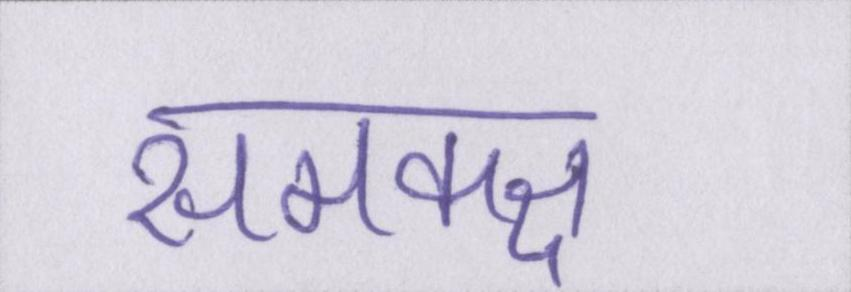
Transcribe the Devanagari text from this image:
समकक्ष